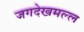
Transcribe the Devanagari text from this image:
जगदेखमल्ल